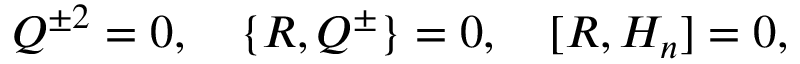
Q ^ { \pm 2 } = 0 , \quad \{ R , Q ^ { \pm } \} = 0 , \quad [ R , H _ { n } ] = 0 ,